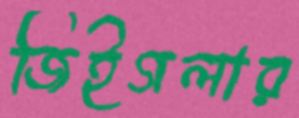
জিইগলার